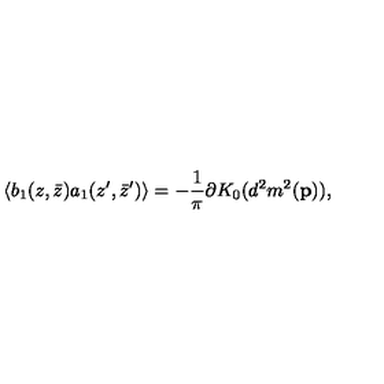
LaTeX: \langle b _ { 1 } ( z , \bar { z } ) a _ { 1 } ( z ^ { \prime } , \bar { z } ^ { \prime } ) \rangle = - { \frac { 1 } { \pi } } \partial K _ { 0 } ( d ^ { 2 } m ^ { 2 } ( { \bf p } ) ) ,